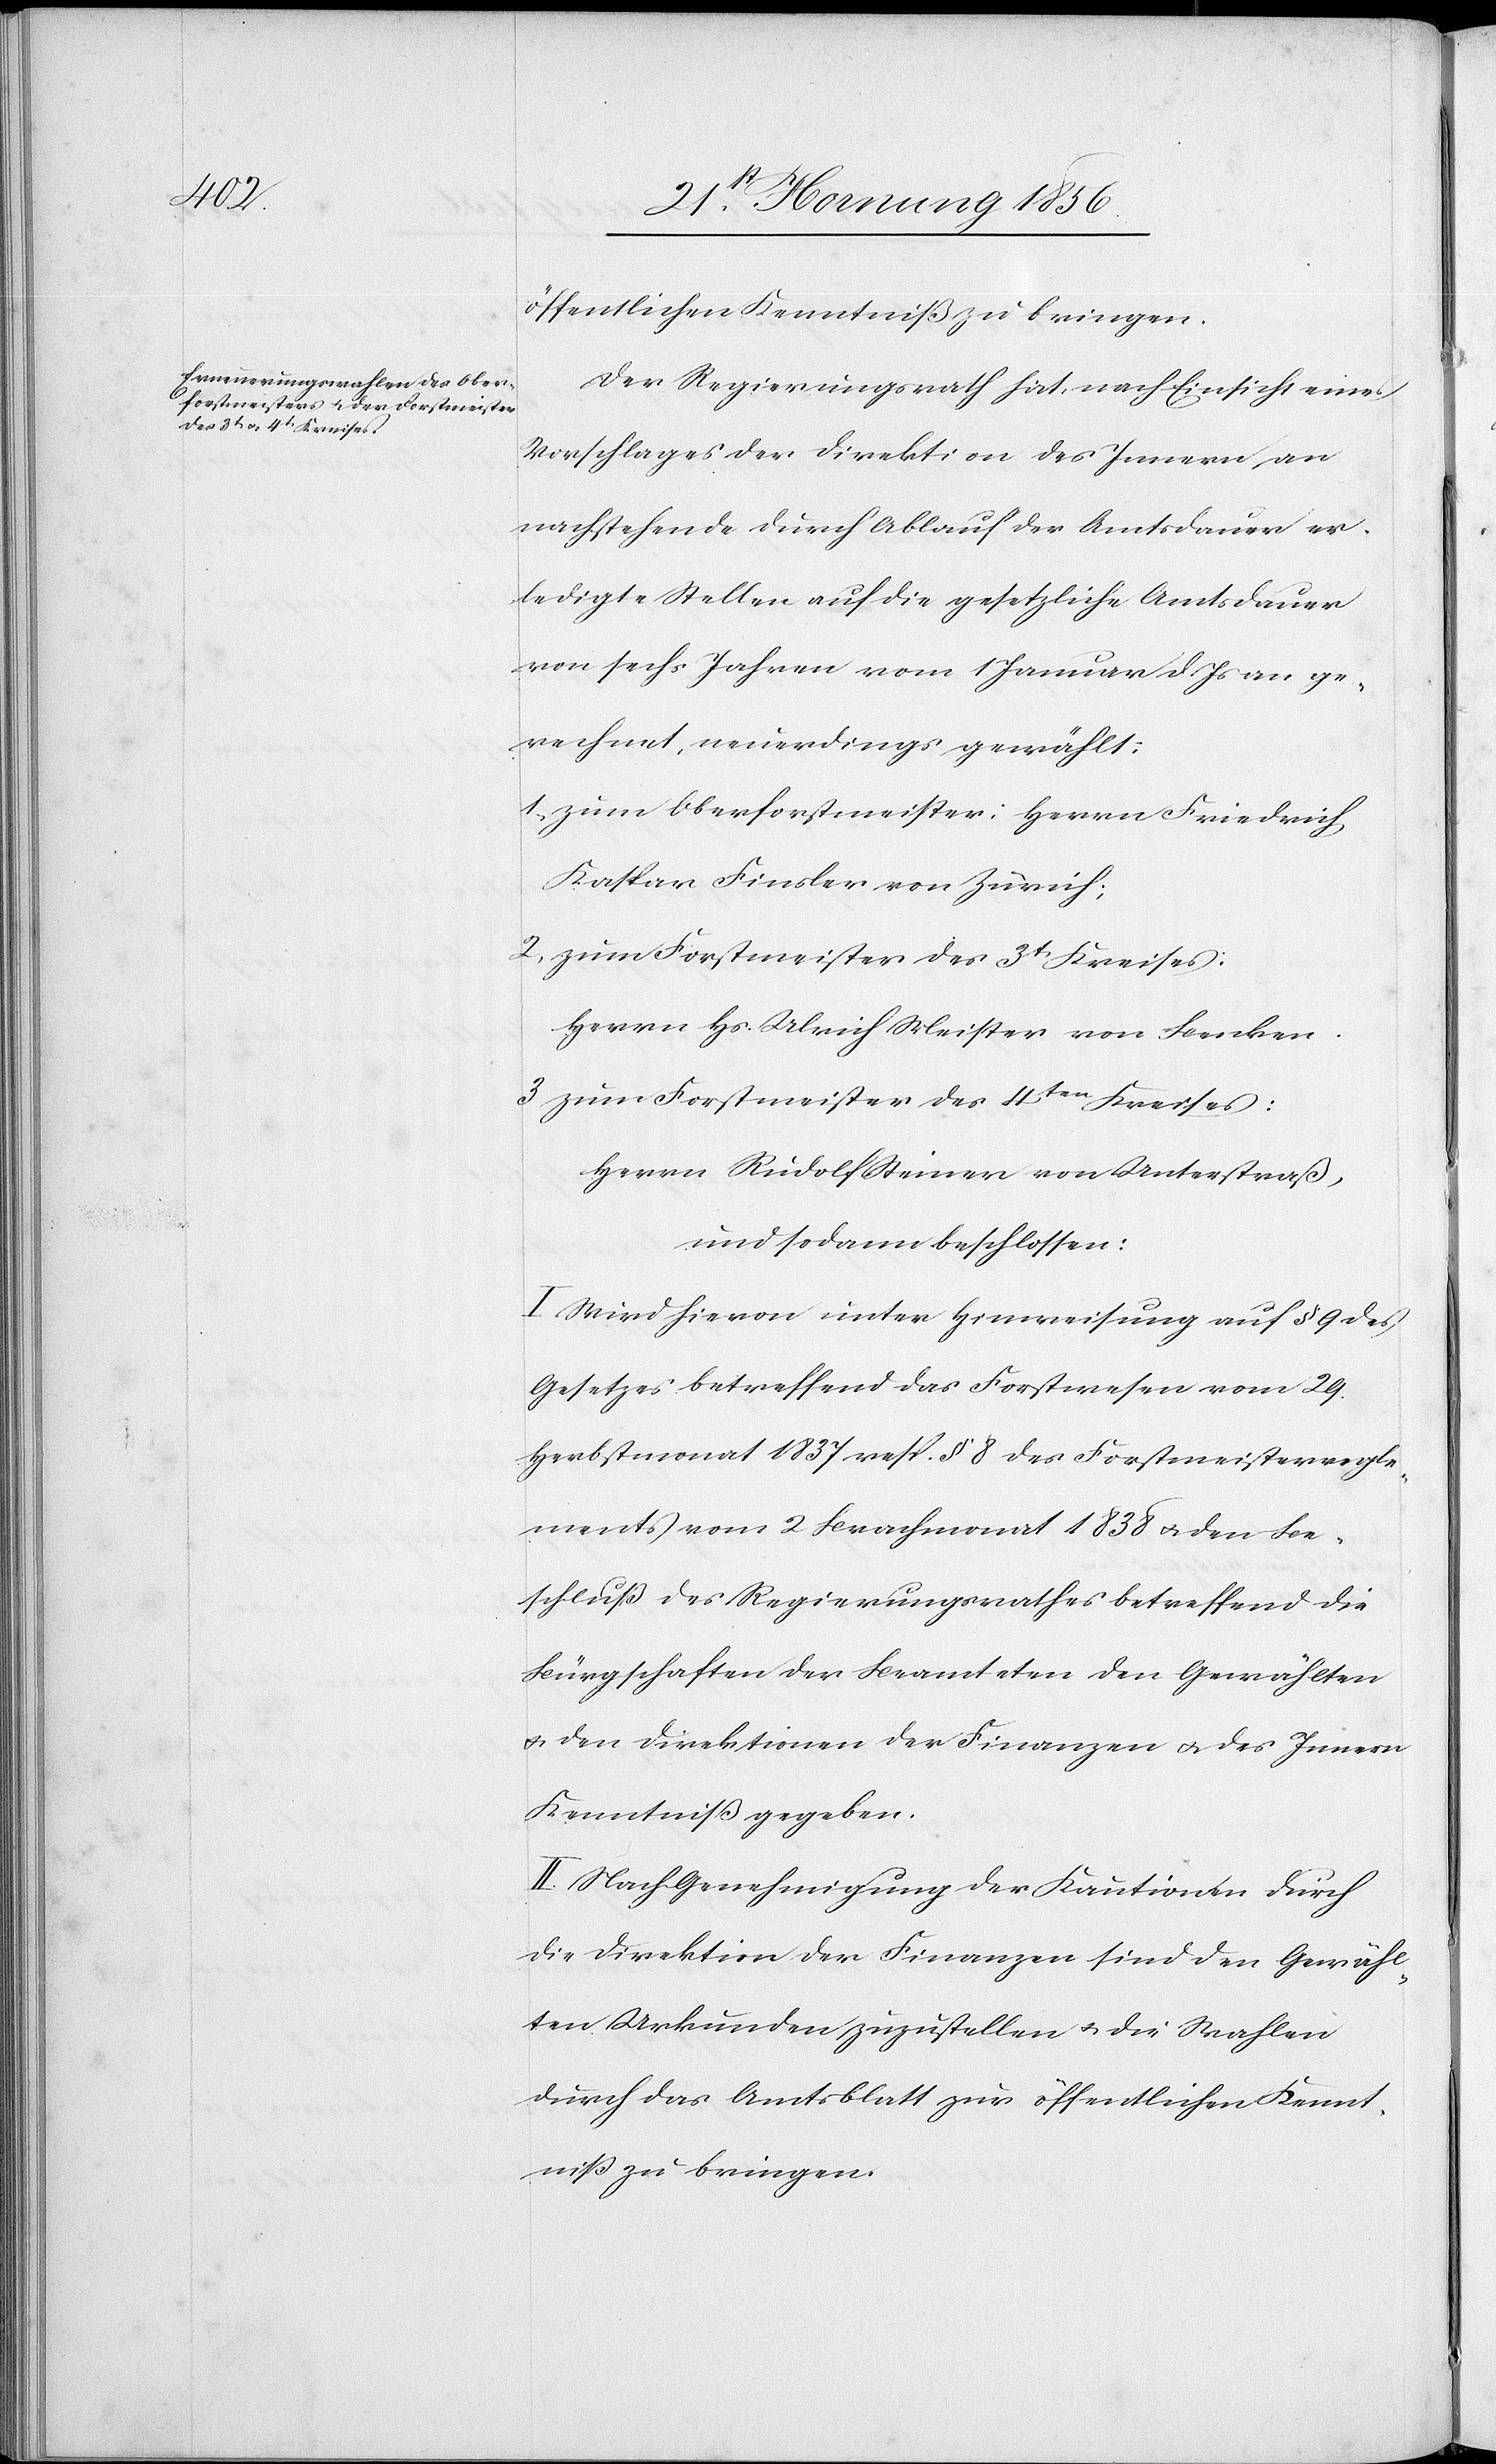
öffentlichen Kenntniß zu bringen.
Der Regierungsrath hat, nach Einsicht eines
Vorschlages der Direktion des Innern an
nachstehende durch Ablauf der Amtsdauer er¬
ledigte Stellen auf die gesetzliche Amtsdauer
von sechs Jahren vom 1 Januar d. Js an ge¬
rechnet, neuerdings gewählt:
1., zum Oberforstmeister: Herrn Friedrich
Kaspar Finsler von Zürich;
2[.], zum Forstmeister des 3t Kreises:
Herrn Hs. Ulrich Meister von Benken.
3[.,] zum Forstmeister des 4ten Kreises:
Herrn Rudolf Steiner von Unterstraß,
I[.] Wird hievon unter Hinweisung auf § 9 des
Gesetzes betreffend das Forstwesen vom 29.
Herbstmonat 1837 resp. § 8 des Forstmeisterregle¬
ments vom 2 Brachmonat 1838 u. den Be¬
schluß des Regierungsrathes betreffend die
Bürgschaften der Beamteten den Gewählten
u. den Direktionen der Finanzen u. des Innern
Kenntniß gegeben.
II. Nach Genehmigung der Kautionen durch
die Direktion der Finanzen sind den Gewähl¬
ten Urkunden zuzustellen u. die Wahlen
durch das Amtsblatt zur öffentlichen Kennt¬
niß zu bringen.